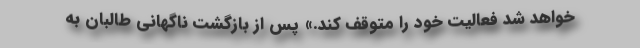
خواهد شد فعالیت خود را متوقف کند.» پس از بازگشت ناگهانی طالبان به